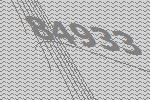
84933